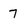
Character: 7